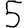
Digit: 5